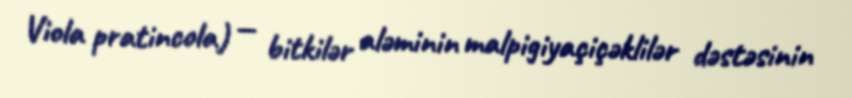
Viola pratincola) — bitkilər aləminin malpigiyaçiçəklilər dəstəsinin